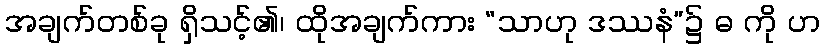
အချက်တစ်ခု ရှိသင့်၏၊ ထိုအချက်ကား “သာဟု ဒဿနံ”၌ ဓ ကို ဟ